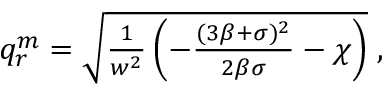
\begin{array} { r } { q _ { r } ^ { m } = \sqrt { \frac { 1 } { w ^ { 2 } } \left( - \frac { ( 3 \beta + \sigma ) ^ { 2 } } { 2 \beta \sigma } - \chi \right) } \; , } \end{array}